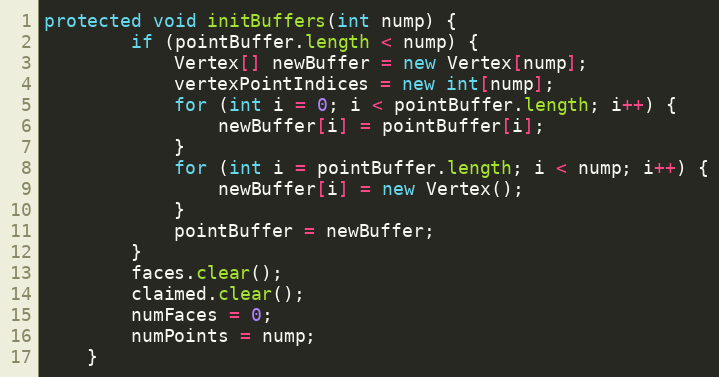
Language: Java
protected void initBuffers(int nump) {
        if (pointBuffer.length < nump) {
            Vertex[] newBuffer = new Vertex[nump];
            vertexPointIndices = new int[nump];
            for (int i = 0; i < pointBuffer.length; i++) {
                newBuffer[i] = pointBuffer[i];
            }
            for (int i = pointBuffer.length; i < nump; i++) {
                newBuffer[i] = new Vertex();
            }
            pointBuffer = newBuffer;
        }
        faces.clear();
        claimed.clear();
        numFaces = 0;
        numPoints = nump;
    }